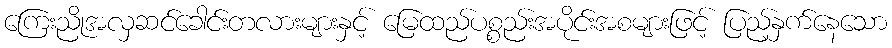
ကြေးညိုအလှဆင်ခေါင်းတလားများနှင့် မြေထည်ပစ္စည်းအပိုင်းအစများဖြင့် ပြည့်နှက်နေသော